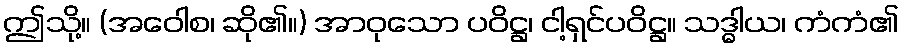
ဤသို့။ (အဝေါစ၊ ဆို၏။) အာဝုသော ပဝိဋ္ဌ၊ ငါ့ရှင်ပဝိဋ္ဌ။ သဒ္ဓါယ၊ ကံကံ၏